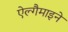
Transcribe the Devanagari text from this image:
ऐल्गैमाइने